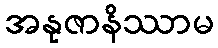
အနုဇာနိဿာမ